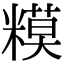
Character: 糢